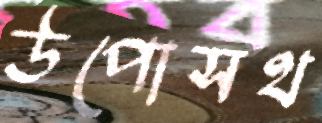
উপোসথ